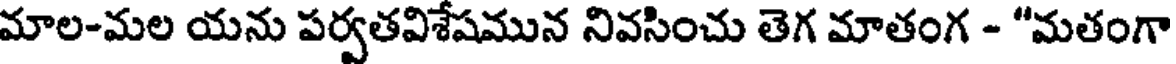
మాల-మల యను పర్వతవిశేషమున నివసించు తెగ మాతంగ - "మతంగా